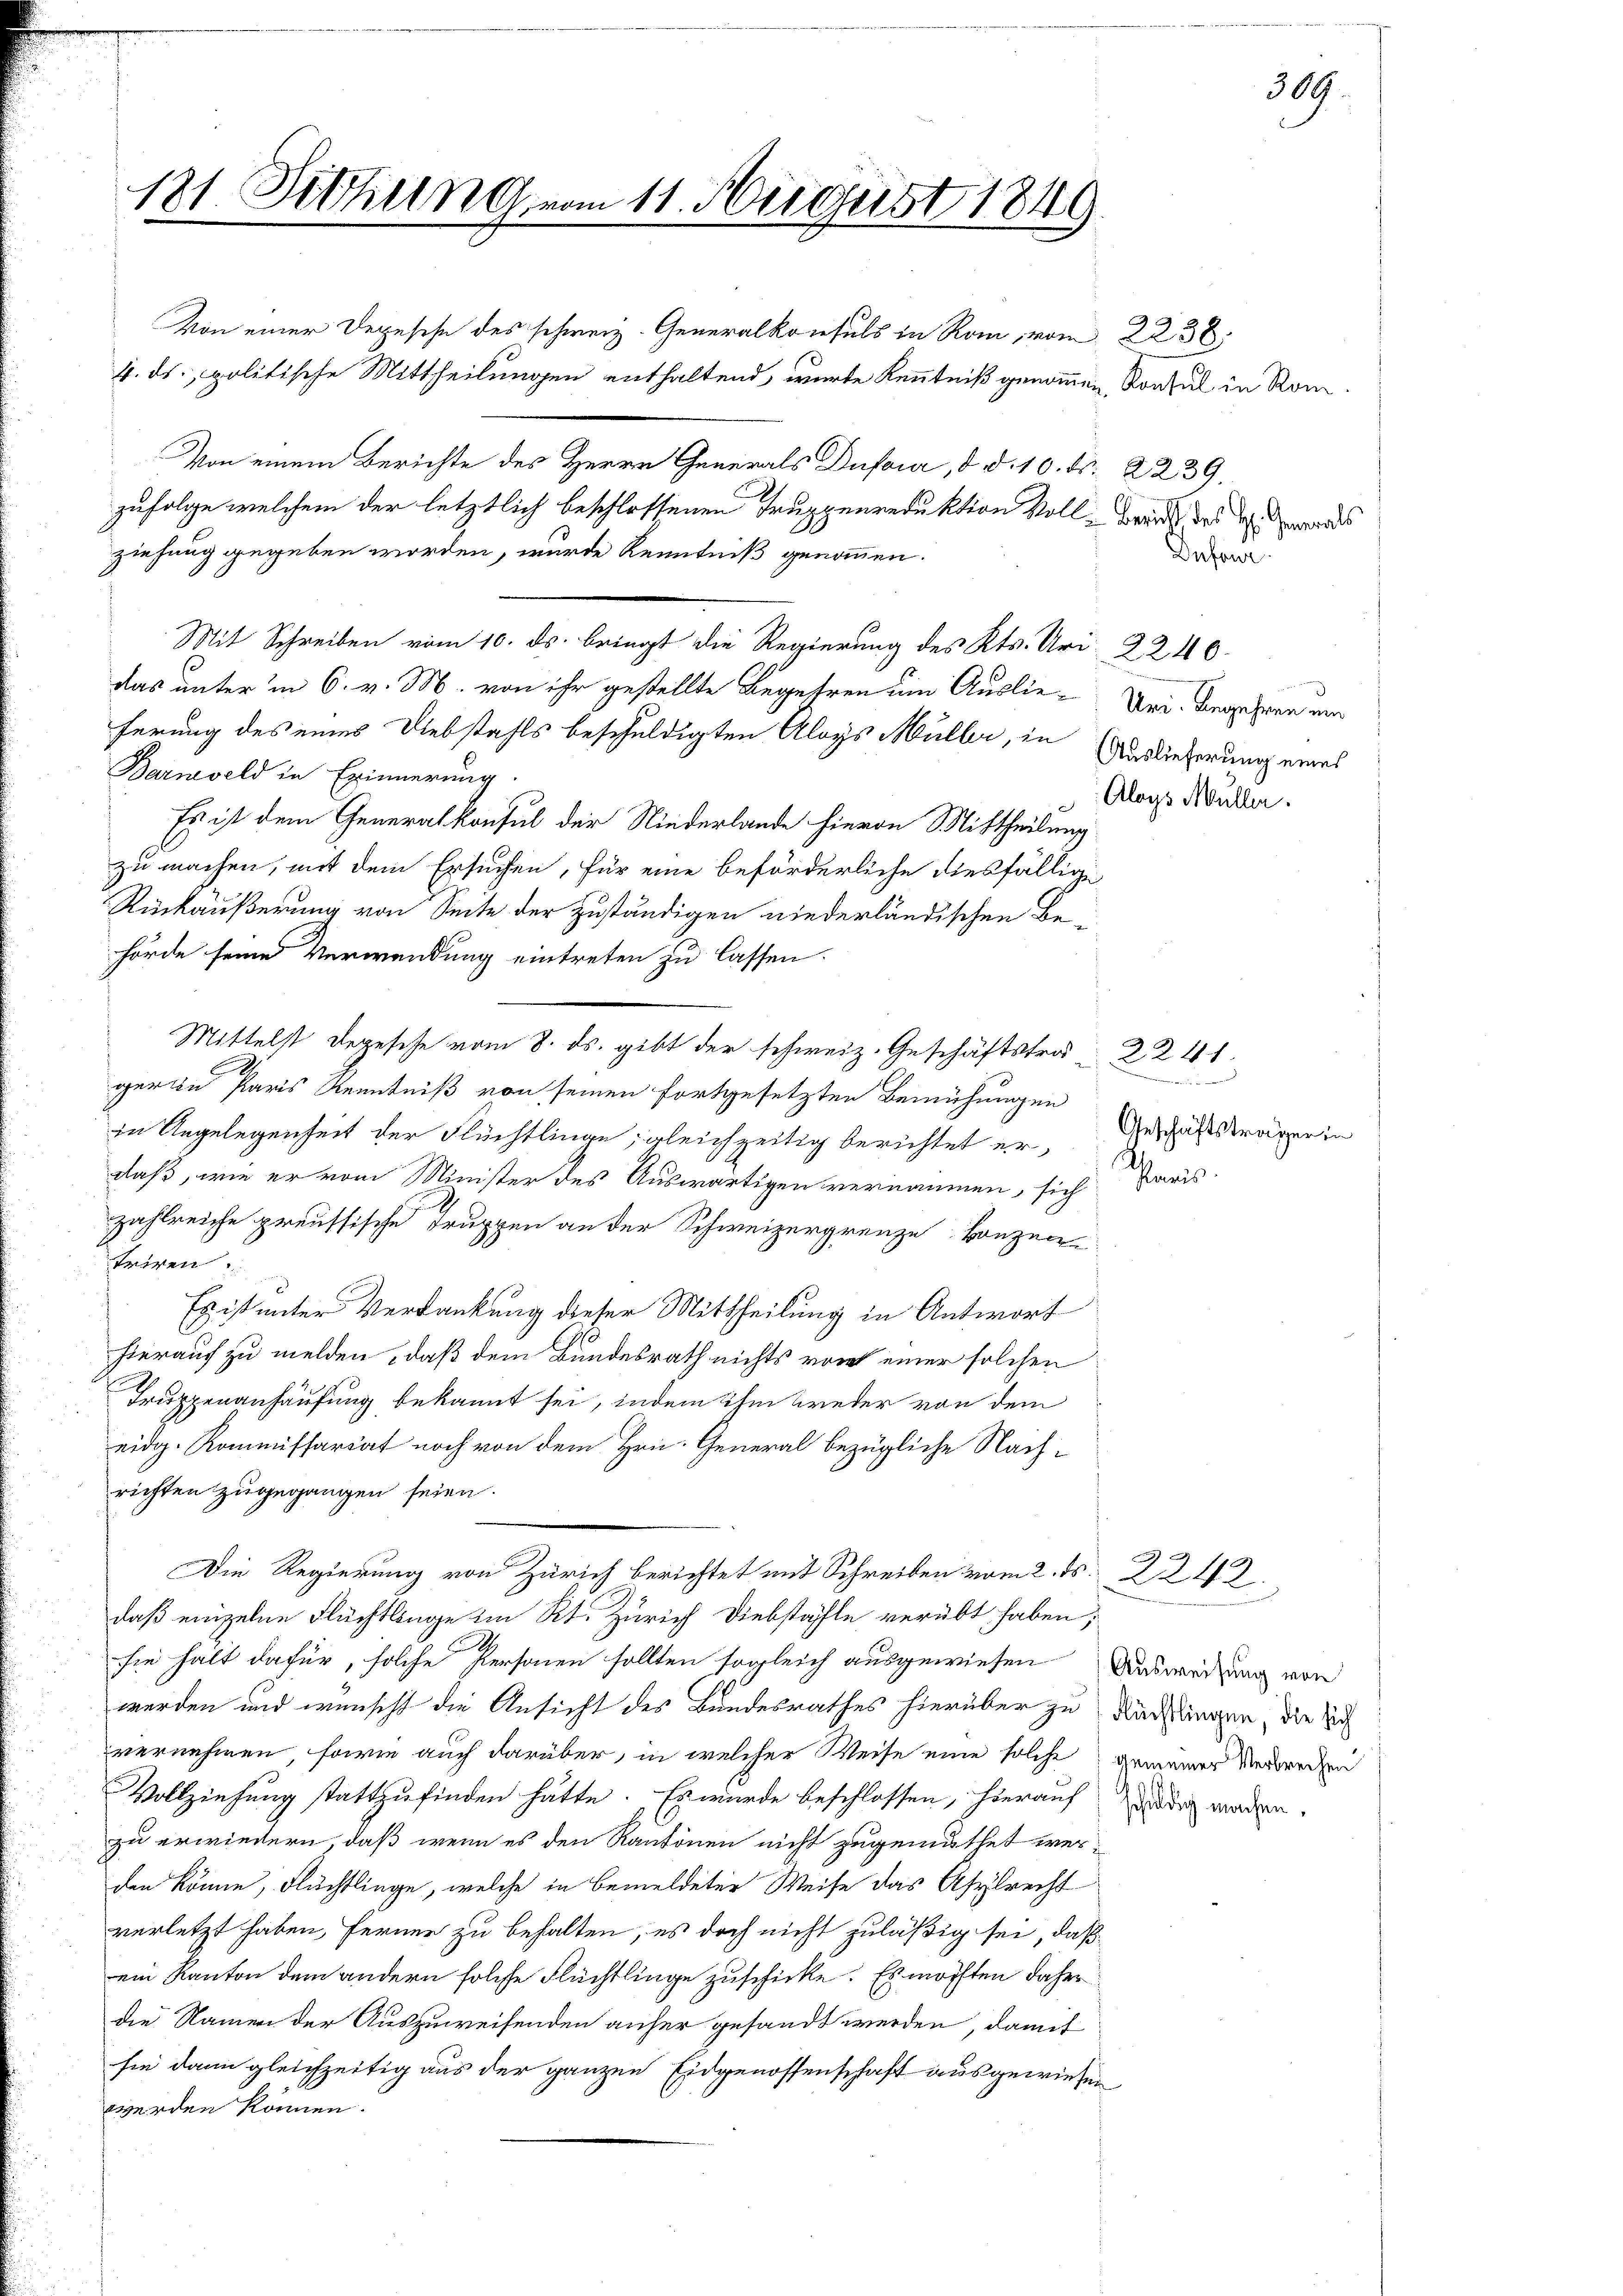
181 Sitzung vom 11. August 1849
.

Von einer Depesche des schweiz. Generalkonsuls in Rau, vom 2236.
4. ds., politische Mittheilungen enthaltend, werte Kenntniß genommen, Konsul in Rom
Von einem Berichte des Herrn Generals Dufour, d. d. 10. Nr. 2239.
zufolge welchem der letztlich beschlossenen Truppenreduktion voll- Benade des warts
ziehung gegeben worden, wurde Kenntniß genommen.
Desandt.
Mit Schreiben vom 10. ds. bringt die Regierung des Kts. Uri 2240.
das unter in 6. v. M. von ihr gestellte Begehren um Auslie-Ver. Begehren mir
ferung des eines Diebstahls beschuldigten Aloys Müller, in Auslieferung eines
Barngeld in Erinnerung.
Es ist dem Generalkonsul der Niederlande hievon Mittheilung
zu machen, mit dem Ersuchen, für eine beförderliche diesfällige
Rückäußerung von Seite der zuständigen niederländischen Behörde seine Verwendung eintreten zu lassen.
Mittelst Degesehe vom 8. ds. gibt der schweiz. Geschäftstra 2. 241.
gerin Paris Kenntniß von seinen fortgesetzten Bemühungen
in Angelegenheit der Flüchtlinge, gleichzeitig berichtet er,
daß, wie er vom Minister des Auswärtigen vernommen, sich Paris
zahlreiche preussische Truppen an der Schweizergrenze Bonzen
triren
Es ist unter Verdankung dieser Mittheilung in Antwort
hierauf zu melden, daß dem Bundesrath nichts vom einer solchen
Truppenanhausung bekannt sei, indem ihm weder von dem
eidg. Kommissariat noch von dem Hrn. General bezügliche Nachrichten zugegangen seien.

Die Regierung von Zürich berichtet mit Schreiben vom 2. ds. 2242.

daß einzelne Flüchtlinge im Kt. Zürich Diebstähle verübt haben,
sie hält dafür, solche Personen sollten sogleich ausgewiesen Ausweisung von
werden und wünscht die Ansicht des Bundesrathes hierüber zu Köchingen, die Sch
vernehmen, sowie auch darüber, in welcher Weise eine solche gemeiner Verreden
Vollziehung stattzufinden hätte. Es wurde beschlossen, hierauf den worden,
zu erwiedern, daß wenn es den Kantonen nicht zugemuthet werden könne, Flüchtlinge, welche in bemeldeter Weise das Asylrecht
verletzt haben, ferner zu behalten, es doch nicht zuläßig sei, daß
ein Kanton dem andern solche Flüchtlinge zuschicke. Es möchten daher
die Namen der Auszuweisenden anher gesandt werden, damit
sie dann gleichzeitig aus der ganzen Eidgenossenschaft ausgewiesen,
werden können.

Aloys Müller.

Geschäftsträger in

309